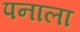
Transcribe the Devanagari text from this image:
पनाला